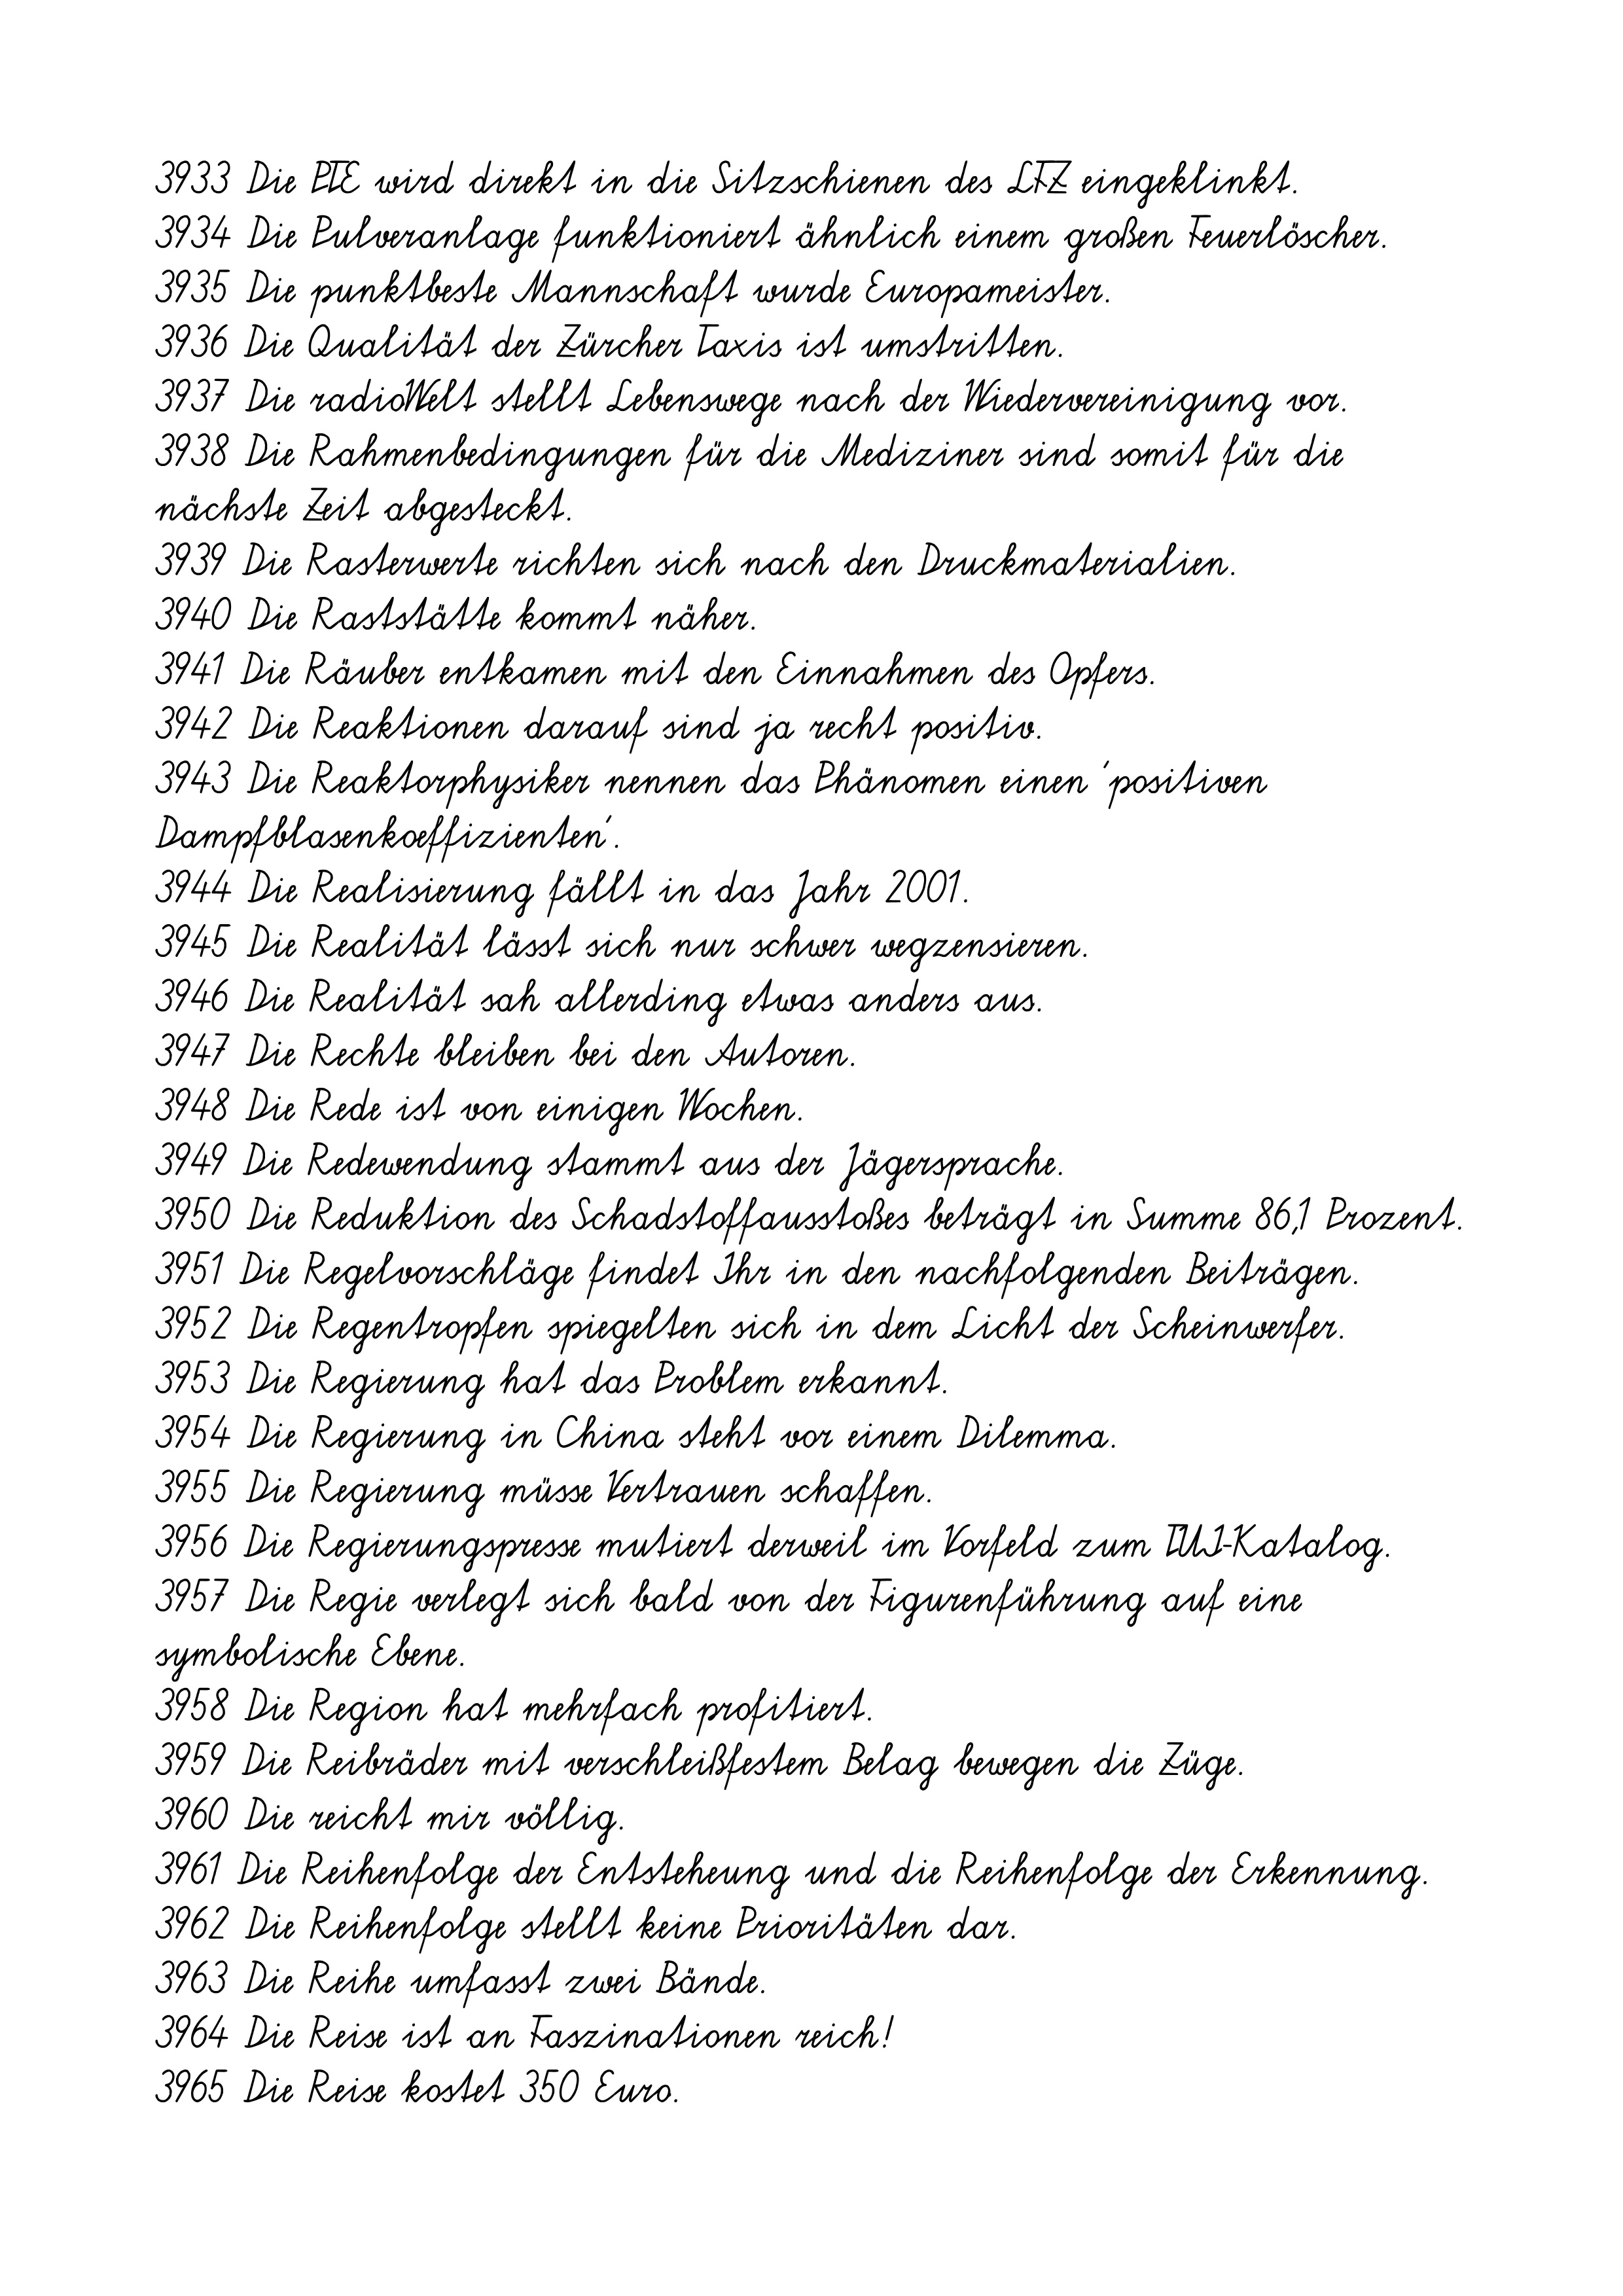
3933 Die PTE wird direkt in die Sitzschienen des LFZ eingeklinkt.
3934 Die Pulveranlage funktioniert ähnlich einem großen Feuerlöscher.
3935 Die punktbeste Mannschaft wurde Europameister.
3936 Die Qualität der Zürcher Taxis ist umstritten.
3937 Die radioWelt stellt Lebenswege nach der Wiedervereinigung vor.
3938 Die Rahmenbedingungen für die Mediziner sind somit für die
nächste Zeit abgesteckt.
3939 Die Rasterwerte richten sich nach den Druckmaterialien.
3940 Die Raststätte kommt näher.
3941 Die Räuber entkamen mit den Einnahmen des Opfers.
3942 Die Reaktionen darauf sind ja recht positiv.
3943 Die Reaktorphysiker nennen das Phänomen einen 'positiven
Dampfblasenkoeffizienten'.
3944 Die Realisierung fällt in das Jahr 2001.
3945 Die Realität lässt sich nur schwer wegzensieren.
3946 Die Realität sah allerding etwas anders aus.
3947 Die Rechte bleiben bei den Autoren.
3948 Die Rede ist von einigen Wochen.
3949 Die Redewendung stammt aus der Jägersprache.
3950 Die Reduktion des Schadstoffausstoßes beträgt in Summe 86,1 Prozent.
3951 Die Regelvorschläge findet Ihr in den nachfolgenden Beiträgen.
3952 Die Regentropfen spiegelten sich in dem Licht der Scheinwerfer.
3953 Die Regierung hat das Problem erkannt.
3954 Die Regierung in China steht vor einem Dilemma.
3955 Die Regierung müsse Vertrauen schaffen.
3956 Die Regierungspresse mutiert derweil im Vorfeld zum TUI-Katalog.
3957 Die Regie verlegt sich bald von der Figurenführung auf eine
symbolische Ebene.
3958 Die Region hat mehrfach profitiert.
3959 Die Reibräder mit verschleißfestem Belag bewegen die Züge.
3960 Die reicht mir völlig.
3961 Die Reihenfolge der Entsteheung und die Reihenfolge der Erkennung.
3962 Die Reihenfolge stellt keine Prioritäten dar.
3963 Die Reihe umfasst zwei Bände.
3964 Die Reise ist an Faszinationen reich!
3965 Die Reise kostet 350 Euro.